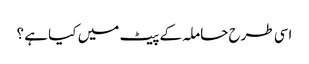
اسی طرح حاملہ کے پیٹ میں کیا ہے ؟